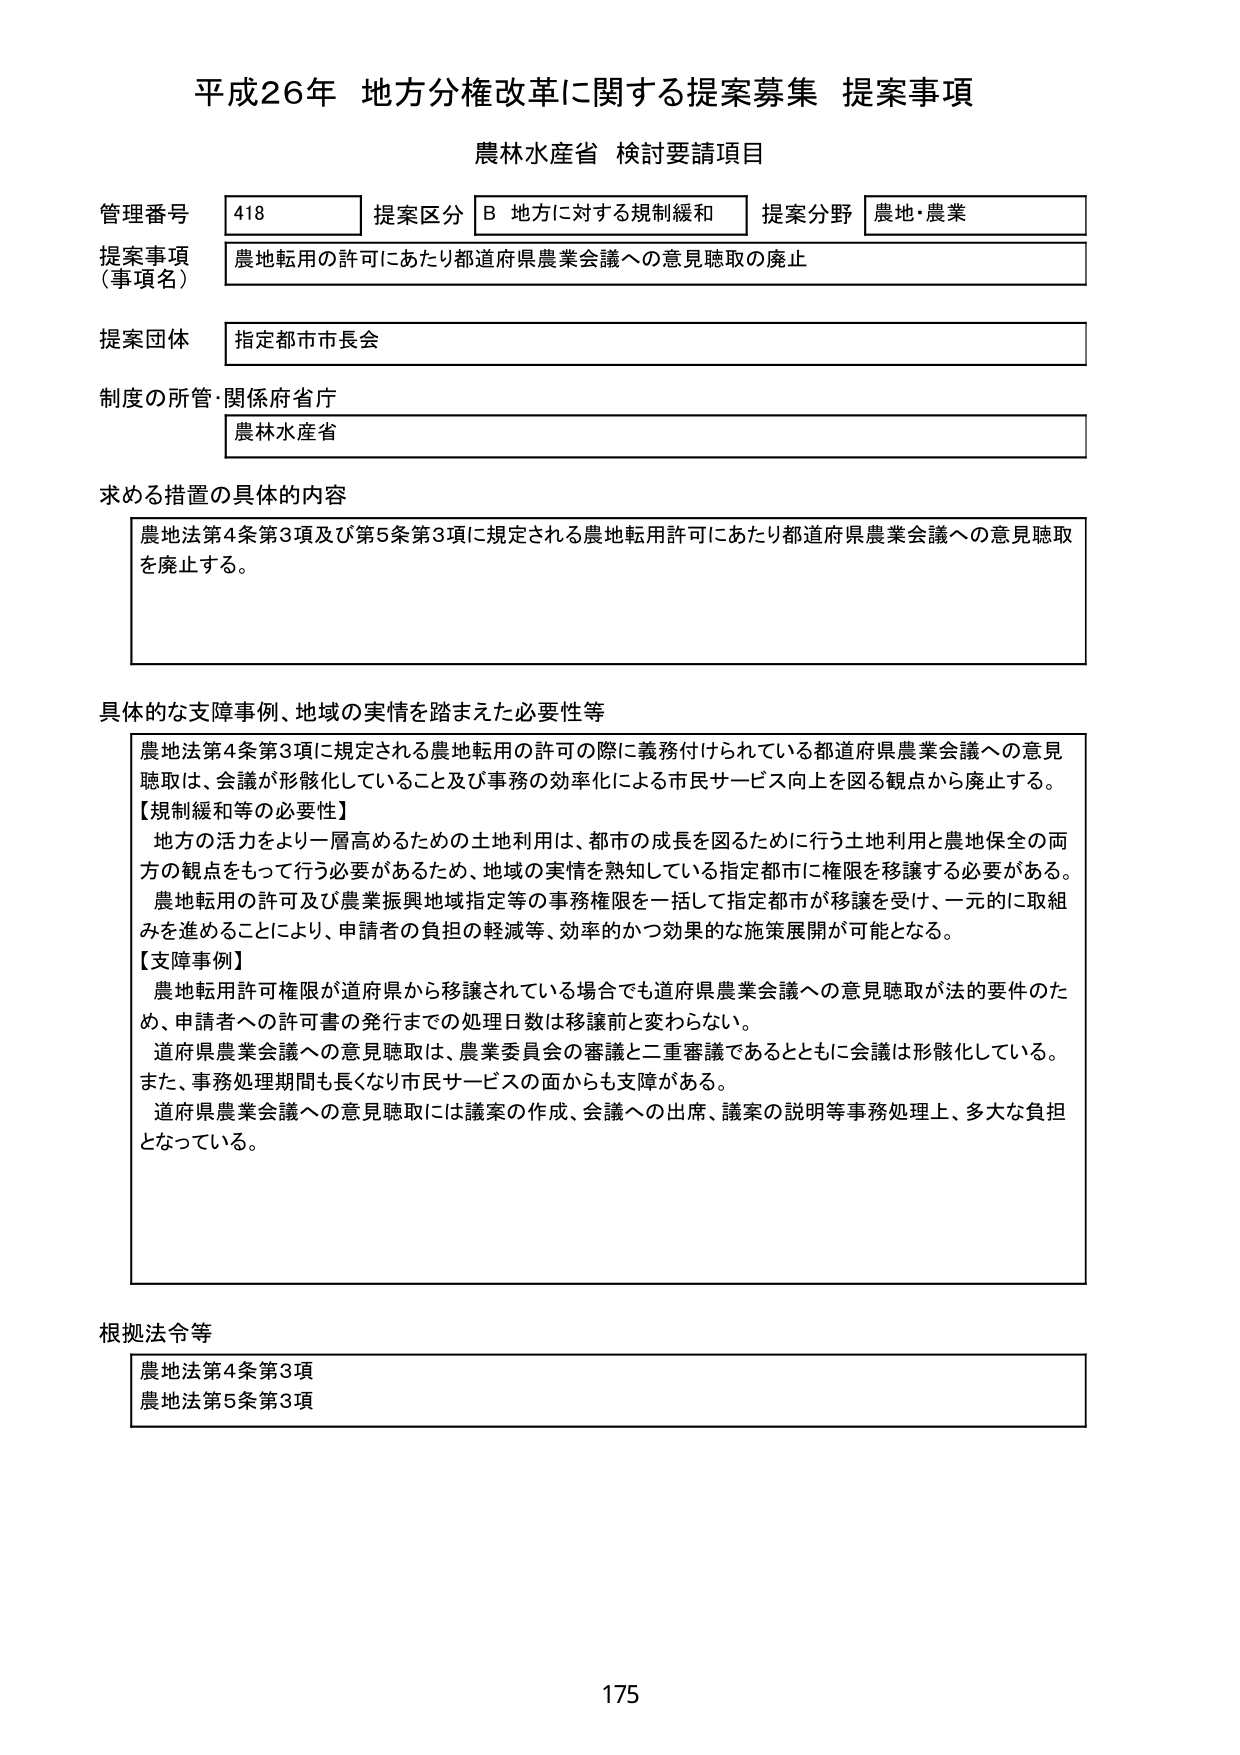
平成26年 地方分権改革に関する提案募集 提案事項
農林水産省 検討要請項目

管理番号 418
提案区分 B 地方に対する規制緩和
提案分野 農地・農業

提案事項（事項名）
農地転用の許可にあたり都道府県農業会議への意見聴取の廃止

提案団体
指定都市市長会

制度の所管・関係府省庁
農林水産省

求める措置の具体的内容
農地法第4条第3項及び第5条第3項に規定される農地転用許可にあたり都道府県農業会議への意見聴取を廃止する。

具体的な支障事例、地域の実情を踏まえた必要性等
農地法第4条第3項に規定される農地転用の許可の際に義務付けられている都道府県農業会議への意見聴取は、会議が形骸化していること及び事務の効率化による市民サービス向上を図る観点から廃止する。
【規制緩和等の必要性】
地方の活力をより一層高めるための土地利用は、都市の成長を図るために行う土地利用と農地保全の両方の観点をもって行う必要があるため、地域の実情を熟知している指定都市に権限を移譲する必要がある。
農地転用の許可及び農業振興地域指定等の事務権限を一括して指定都市が移譲を受け、一元的に取組みを進めることにより、申請者の負担の軽減等、効率的かつ効果的な施策展開が可能となる。
【支障事例】
農地転用許可権限が道府県から移譲されている場合でも道府県農業会議への意見聴取が法的要件のため、申請者への許可書の発行までの処理日数は移譲前と変わらない。
道府県農業会議への意見聴取は、農業委員会の審議と二重審議であるとともに会議は形骸化している。
また、事務処理期間も長くなり市民サービスの面からも支障がある。
道府県農業会議への意見聴取には議案の作成、会議への出席、議案の説明等事務処理上、多大な負担となっている。

根拠法令等
農地法第4条第3項
農地法第5条第3項

175